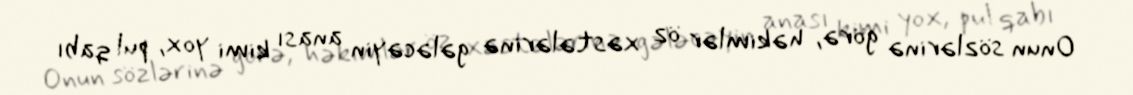
Onun sözlərinə görə, həkimlər öz xəstələrinə gələcəyin anası kimi yox, pul qabı